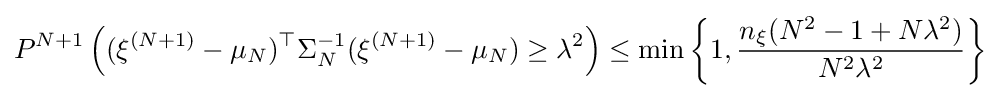
P^{N+1}\left((\xi ^{(N+1)}-\mu _{N})^{\top }\Sigma _{N}^{-1}(\xi ^{(N+1)}-\mu _{N})\geq \lambda ^{2}\right)\leq \min \left\{1,{\frac {n_{\xi }(N^{2}-1+N\lambda ^{2})}{N^{2}\lambda ^{2}}}\right\}